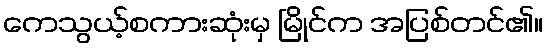
ကေသွယ့်စကားဆုံးမှ မြိုင်က အပြစ်တင်၏။